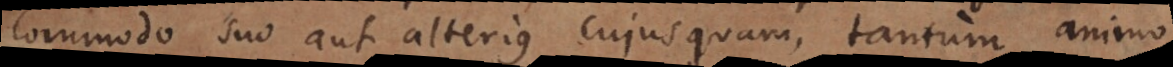
commodo suo aut alterius cujusquam, tantum animo